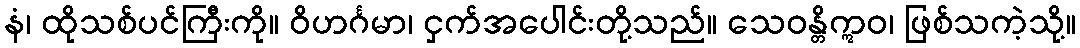
နံ၊ ထိုသစ်ပင်ကြီးကို။ ဝိဟင်္ဂမာ၊ ငှက်အပေါင်းတို့သည်။ သေဝန္တိဣဝ၊ ဖြစ်သကဲ့သို့။